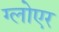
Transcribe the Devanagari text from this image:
ग्लोएर